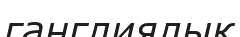
ганглиялық